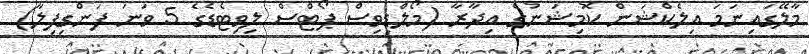
މާލޭގައިނަމަ އިލެކްޝަން ކޮމިޝަނުގެ އިދާރާ (މޯލްޑިވިސް ޕޯޓްސް ލިވިޓެޑެގެ 5 ވަނަ ފަންގިފިލާ)